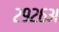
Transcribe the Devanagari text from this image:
२९२६अ